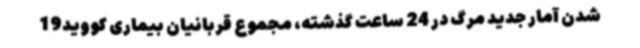
شدن آمار جدید مرگ در 24 ساعت گذشته، مجموع قربانیان بیماری کووید19